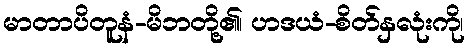
မာတာပိတူနံ-မိဘတို့၏၊ ဟဒယံ-စိတ်နှလုံးကို၊